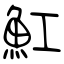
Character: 魟